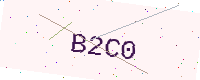
Text: B2C0